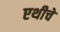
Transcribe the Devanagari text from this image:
एथीचे